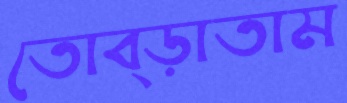
তোব্‌ড়াতাম